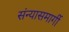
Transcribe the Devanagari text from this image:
संन्यासमार्गी